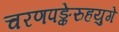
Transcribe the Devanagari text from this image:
चरणपङ्केरुहयुगे